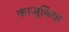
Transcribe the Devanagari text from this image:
काजूबिया